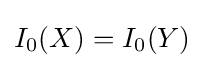
I_{0}(X)=I_{0}(Y)